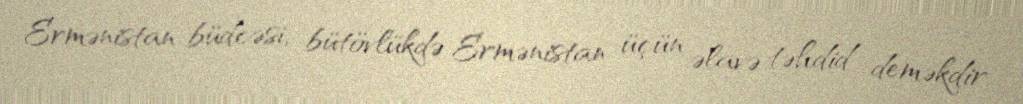
Ermənistan büdcəsi, bütövlükdə Ermənistan üçün əlavə təhdid deməkdir.